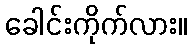
ခေါင်းကိုက်လား။